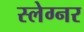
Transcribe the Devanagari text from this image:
स्लेग्नर